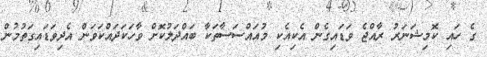
ގެ ހައި ކޮމިޝަނަރު ރާއްޖެ ވަޑައިގެން އެކިއެކި މުއައްސަސާތަކާ ބައްދަލުކޮށް ވާހަކަދައްކަވަން އެދިވަޑައިގަތުމުން